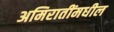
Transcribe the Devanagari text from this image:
अमिरातींमधील